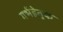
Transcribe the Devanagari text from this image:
गर्भहेतुक